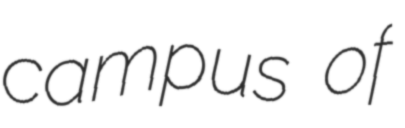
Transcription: campus of